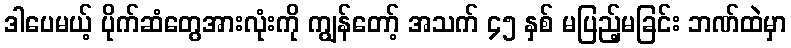
ဒါပေမယ့် ပိုက်ဆံတွေအားလုံးကို ကျွန်တော့် အသက် ၄၅ နှစ် မပြည့်မခြင်း ဘဏ်ထဲမှာ